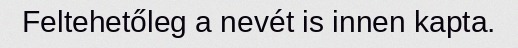
Feltehetőleg a nevét is innen kapta.